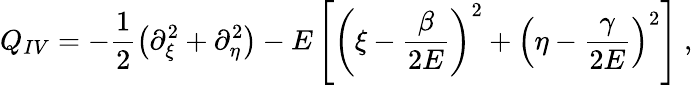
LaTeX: Q_{IV}=-\frac{1}{2}\left(\partial_{\xi}^{2}+\partial_{\eta}^{2}\right)-E\left[\left(\xi-\frac{\beta}{2E}\right)^{2}+\left(\eta-\frac{\gamma}{2E}\right)^{2}\right]\ ,